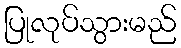
ပြုလုပ်သွားမည်